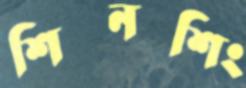
শিনশিং